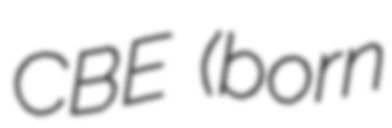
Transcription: CBE (born